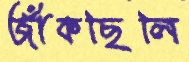
জাঁকছিলি